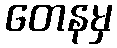
တေနမှ